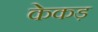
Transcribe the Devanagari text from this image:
केकड़